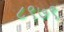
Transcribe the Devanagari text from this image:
८९७९